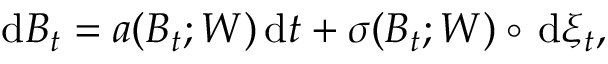
\, \mathrm { d } B _ { t } = a ( B _ { t } ; W ) \, \mathrm { d } t + \sigma ( B _ { t } ; W ) \circ \, \mathrm { d } \xi _ { t } ,